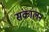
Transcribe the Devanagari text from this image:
संकालन